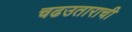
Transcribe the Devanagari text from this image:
चढउताराची